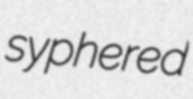
syphered